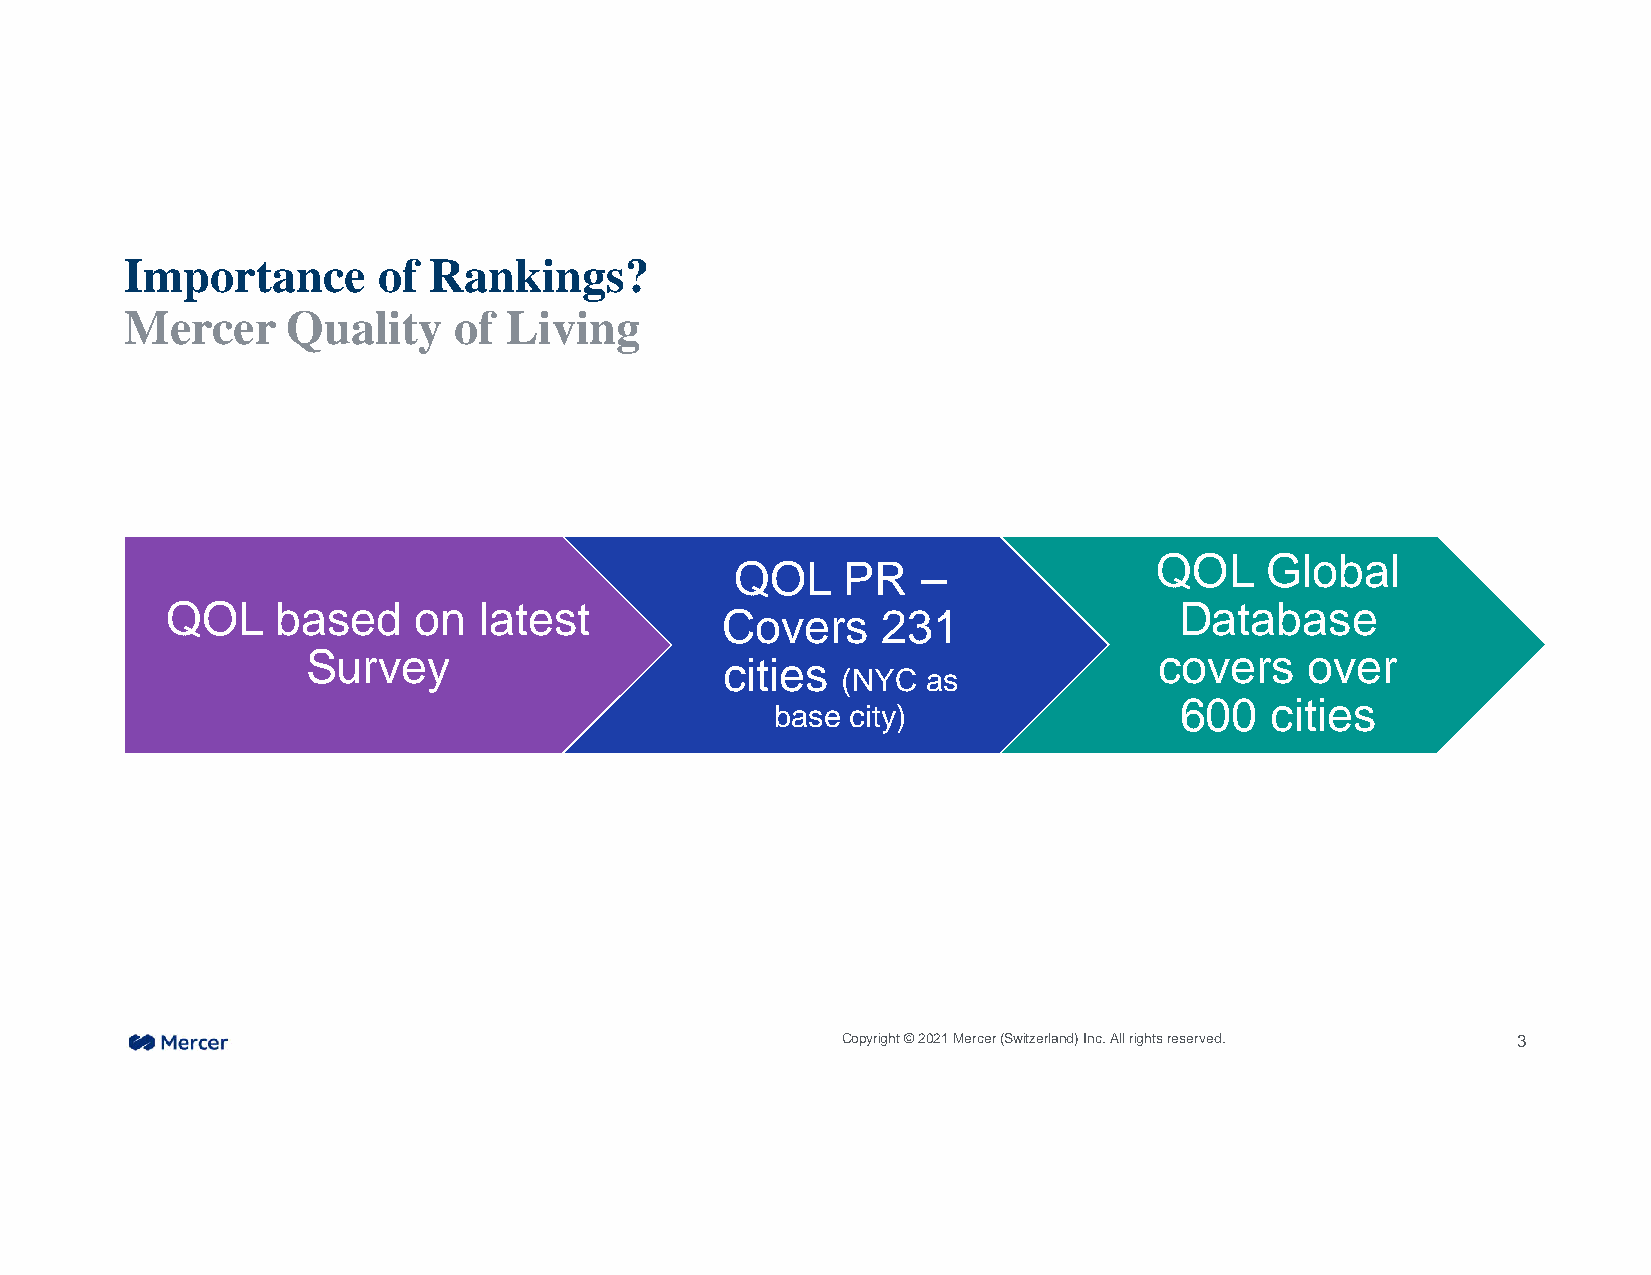
Importance       of Rankings?
 Mercer     Quality    of Living
 QOL    Global
 QOL    PR   –
 QOL    based    on   latest                                        Database
 Covers    231
 Survey                                                   covers    over
 cities
 (NYC as
 600   cities
 base city)
 Copyright © 2021 Mercer (Switzerland) Inc. All rights reserved. 3